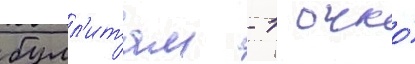
булл'итам - 1 очко́